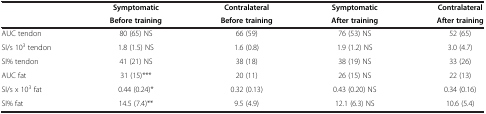
|  | SymptomaticBefore training | ContralateralBefore training | SymptomaticAfter training | ContralateralAfter training |
 | --- | --- | --- | --- | --- |
 | AUC tendon | 80 (65) NS | 66 (59) | 76 (53) NS | 52 (65) |
 | SI/s 103 tendon | 1.8 (1.5) NS | 1.6 (0.8) | 1.9 (1.2) NS | 3.0 (4.7) |
 | SI% tendon | 41 (21) NS | 38 (18) | 38 (19) NS | 33 (26) |
 | AUC fat | 31 (15)*** | 20 (11) | 26 (15) NS | 22 (13) |
 | SI/s x 103 fat | 0.44 (0.24)* | 0.32 (0.13) | 0.43 (0.20) NS | 0.34 (0.16) |
 | SI% fat | 14.5 (7.4)** | 9.5 (4.9) | 12.1 (6.3) NS | 10.6 (5.4) |